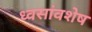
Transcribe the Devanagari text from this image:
ध्वसांवशेष